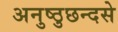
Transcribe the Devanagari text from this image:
अनुष्ठुछन्दसे